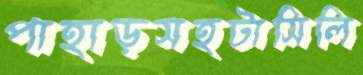
পাহাড়সহটাসিলি